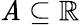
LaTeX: {\mathit{A}}\subseteq\mathbb{R}